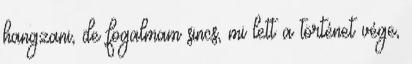
hangzani, de fogalmam sincs, mi lett a történet vége,